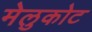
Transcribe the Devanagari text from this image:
मेलुकोट